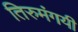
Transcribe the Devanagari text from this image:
तिरुमंगयी